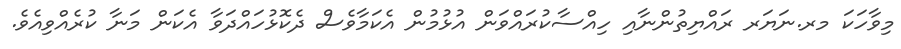
މިވާހަކަ މރ.ނަޔަރ ރައްޔިތުންނާއި ހިއްސާކުރައްވަން އުޅުމުން އެކަމާވެސް ދެކޮޅުހައްދަވާ އެކަން މަނާ ކުރެއްވިއެވެ.